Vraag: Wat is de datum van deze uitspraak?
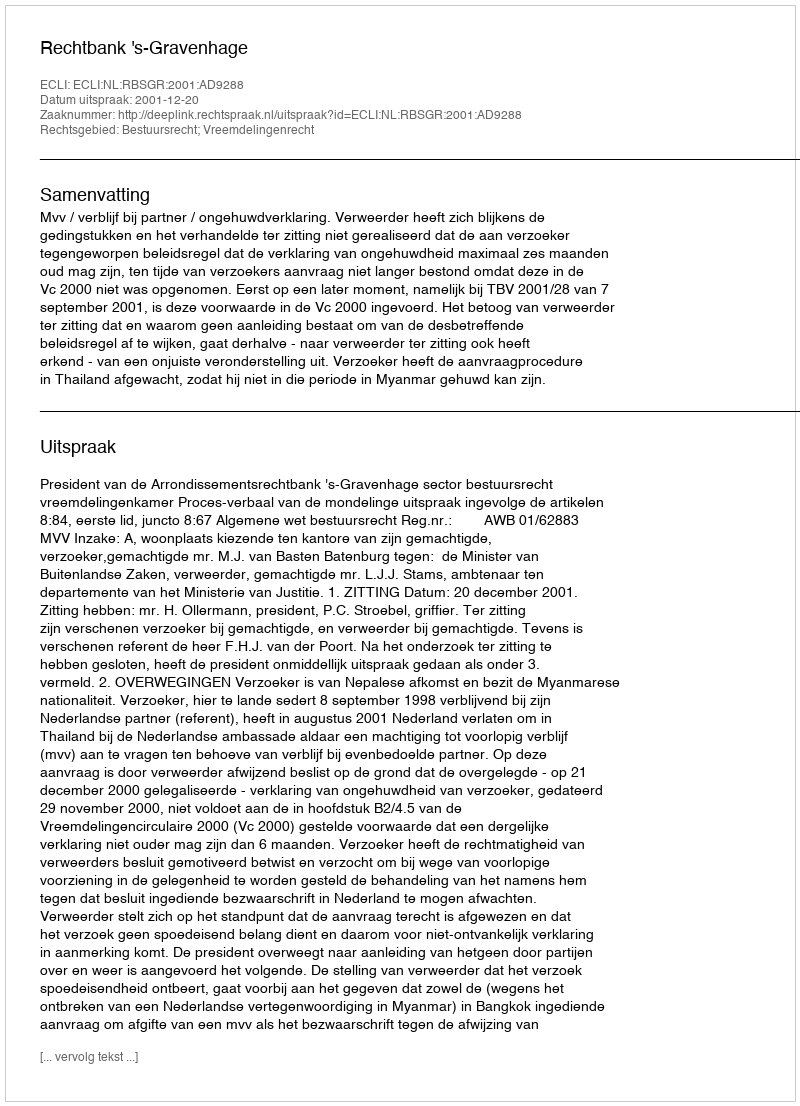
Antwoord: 2001-12-20